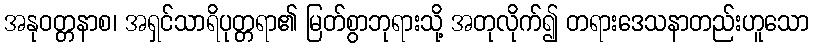
အနုဝတ္တနာစ၊ အရှင်သာရိပုတ္တရာ၏ မြတ်စွာဘုရားသို့ အတုလိုက်၍ တရားဒေသနာတည်းဟူသော